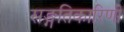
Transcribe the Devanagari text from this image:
सङ्गतिकारिणी